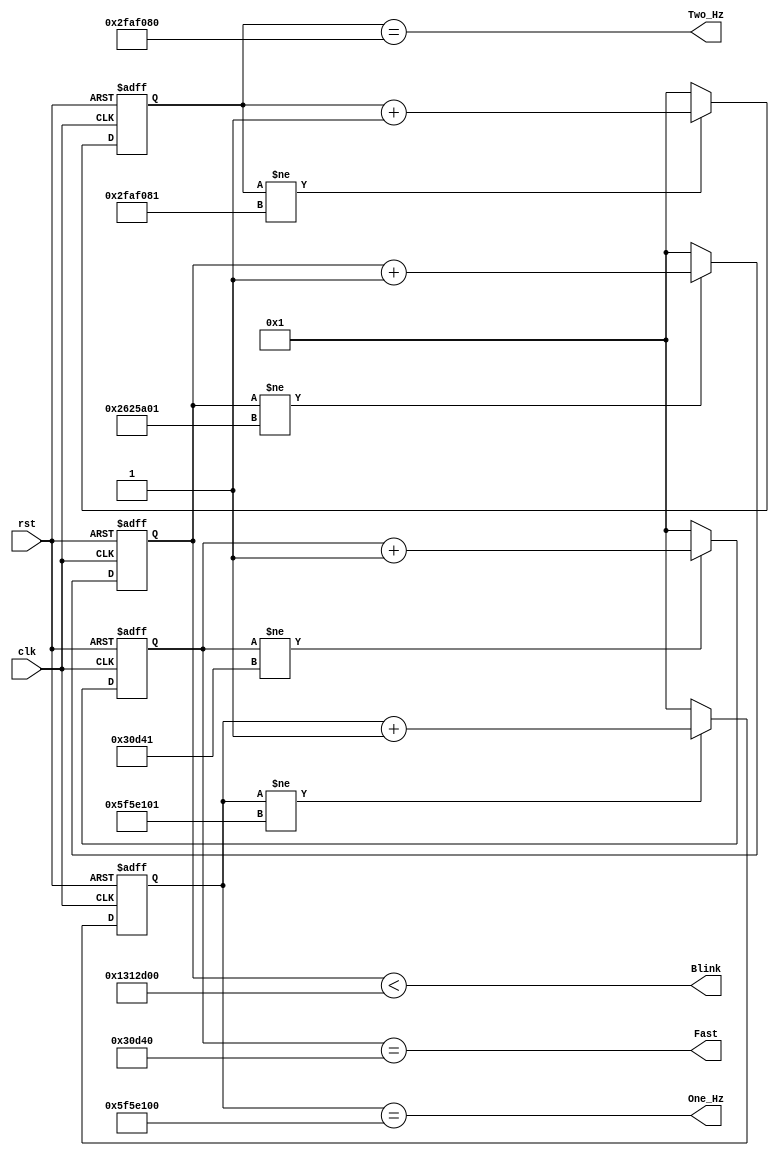
`timescale 1ns / 1ps
//////////////////////////////////////////////////////////////////////////////////
// Company: 
// Engineer: 
// 
// Design Name: 
// Module Name:    clk_div 
// Project Name: 
// Target Devices: 
// Tool versions: 
// Description: 
//
// Dependencies: 
//
// Revision: 
// Revision 0.01 - File Created
// Additional Comments: 
//
//////////////////////////////////////////////////////////////////////////////////
module clk_div(
	input rst,
    input clk,
    output One_Hz,
    output Two_Hz,
    output Blink,
    output Fast
    );
	 
	reg [31:0] first_counter;
	reg [31:0] second_counter;
	reg [31:0] third_counter;
	reg [31:0] fourth_counter;
	
	assign One_Hz = (first_counter == 100000000);//1 hz
	assign Two_Hz = (second_counter == 50000000);//2 hz
	assign Blink = (third_counter < 20000000);
	assign Fast = (fourth_counter == 200000);//500 hz
	
	always @(posedge clk or posedge rst)
	begin
		if(rst) begin
			first_counter <= 0;
			second_counter <= 0;
			third_counter <= 0;
			fourth_counter <= 0;
		end
	
		else begin
        
            if(first_counter != 100000001)
                first_counter <= first_counter + 1;
            else
                first_counter <= 1;
            
            if(second_counter != 50000001)
                second_counter <= second_counter + 1;
            else
                second_counter <= 1;
			
            if(third_counter != 40000001)
                third_counter <= third_counter + 1;
               else
                third_counter <= 1;
                
            if(fourth_counter != 200001)
                fourth_counter <= fourth_counter + 1;
             else
                fourth_counter <= 1;
		end
        
        
/*
		if(first_counter == 1000001)
				first_counter = 1;
            
		if(second_counter == 500001)
				second_counter = 1;
            
		if(third_counter == 5000001)
				third_counter = 1;
            
		if(fourth_counter == 10001)
				fourth_counter = 1;
         */
	end	
    
			
		
		
    

endmodule